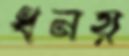
ধনয়